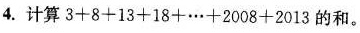
4.计算$$3 + 8 + 1 3 + 1 8 + … + 2 0 0 8 + 2 0 1 3$$的和。